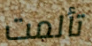
تألمت